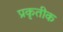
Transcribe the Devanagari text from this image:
प्रकृतीक